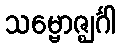
သမ္ဗောဇ္ဈင်္ဂါ